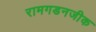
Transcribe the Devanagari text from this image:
रामगडनजीक